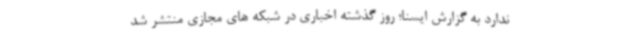
ندارد به گزارش ایسنا؛ روز گذشته اخباری در شبکه های مجازی منتشر شد